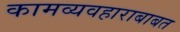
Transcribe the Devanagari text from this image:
कामव्यवहाराबाबत